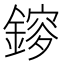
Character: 𨫂